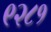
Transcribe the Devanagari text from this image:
९२८१